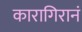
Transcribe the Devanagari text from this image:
कारागिरानं